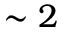
\sim 2